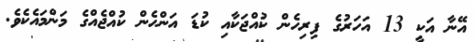
އޭނާ އަކީ 13 އަހަރުގެ ފިރިހެން ކުއްޖަކާއި ކުޑަ އަންހެން ކުއްޖެއްގެ މަންމައެކެވެ.